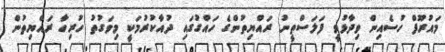
މައުރޫފް ހުސެއިން ވިދާޅުވީ ފަލަސްތީނު ރައްޔިތުންގެ ހައްގުގައި ދުއާކުރުމަކީ މިވަގުތު ހުރިހާ ރައްޔިތުން